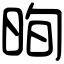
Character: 㫬